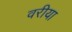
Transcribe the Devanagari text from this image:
वरीया